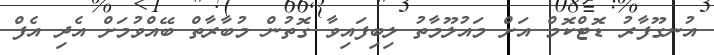
އުނގޫފާރު ޑޮޓްކޮމް އަށް މައުލޫމާތު ލިބިފައިވާ ގޮތުން މުބާރާތް ބޭއްވުމަށް އެދި އެފް